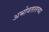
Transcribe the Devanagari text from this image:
अभोवतालच्या